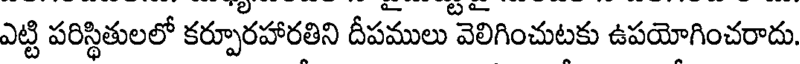
ఎట్టి పరిస్థితులలో కర్పూరహారతిని దీపములు వెలిగించుటకు ఉపయోగించరాదు.